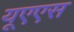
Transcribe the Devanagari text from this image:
यूएएस